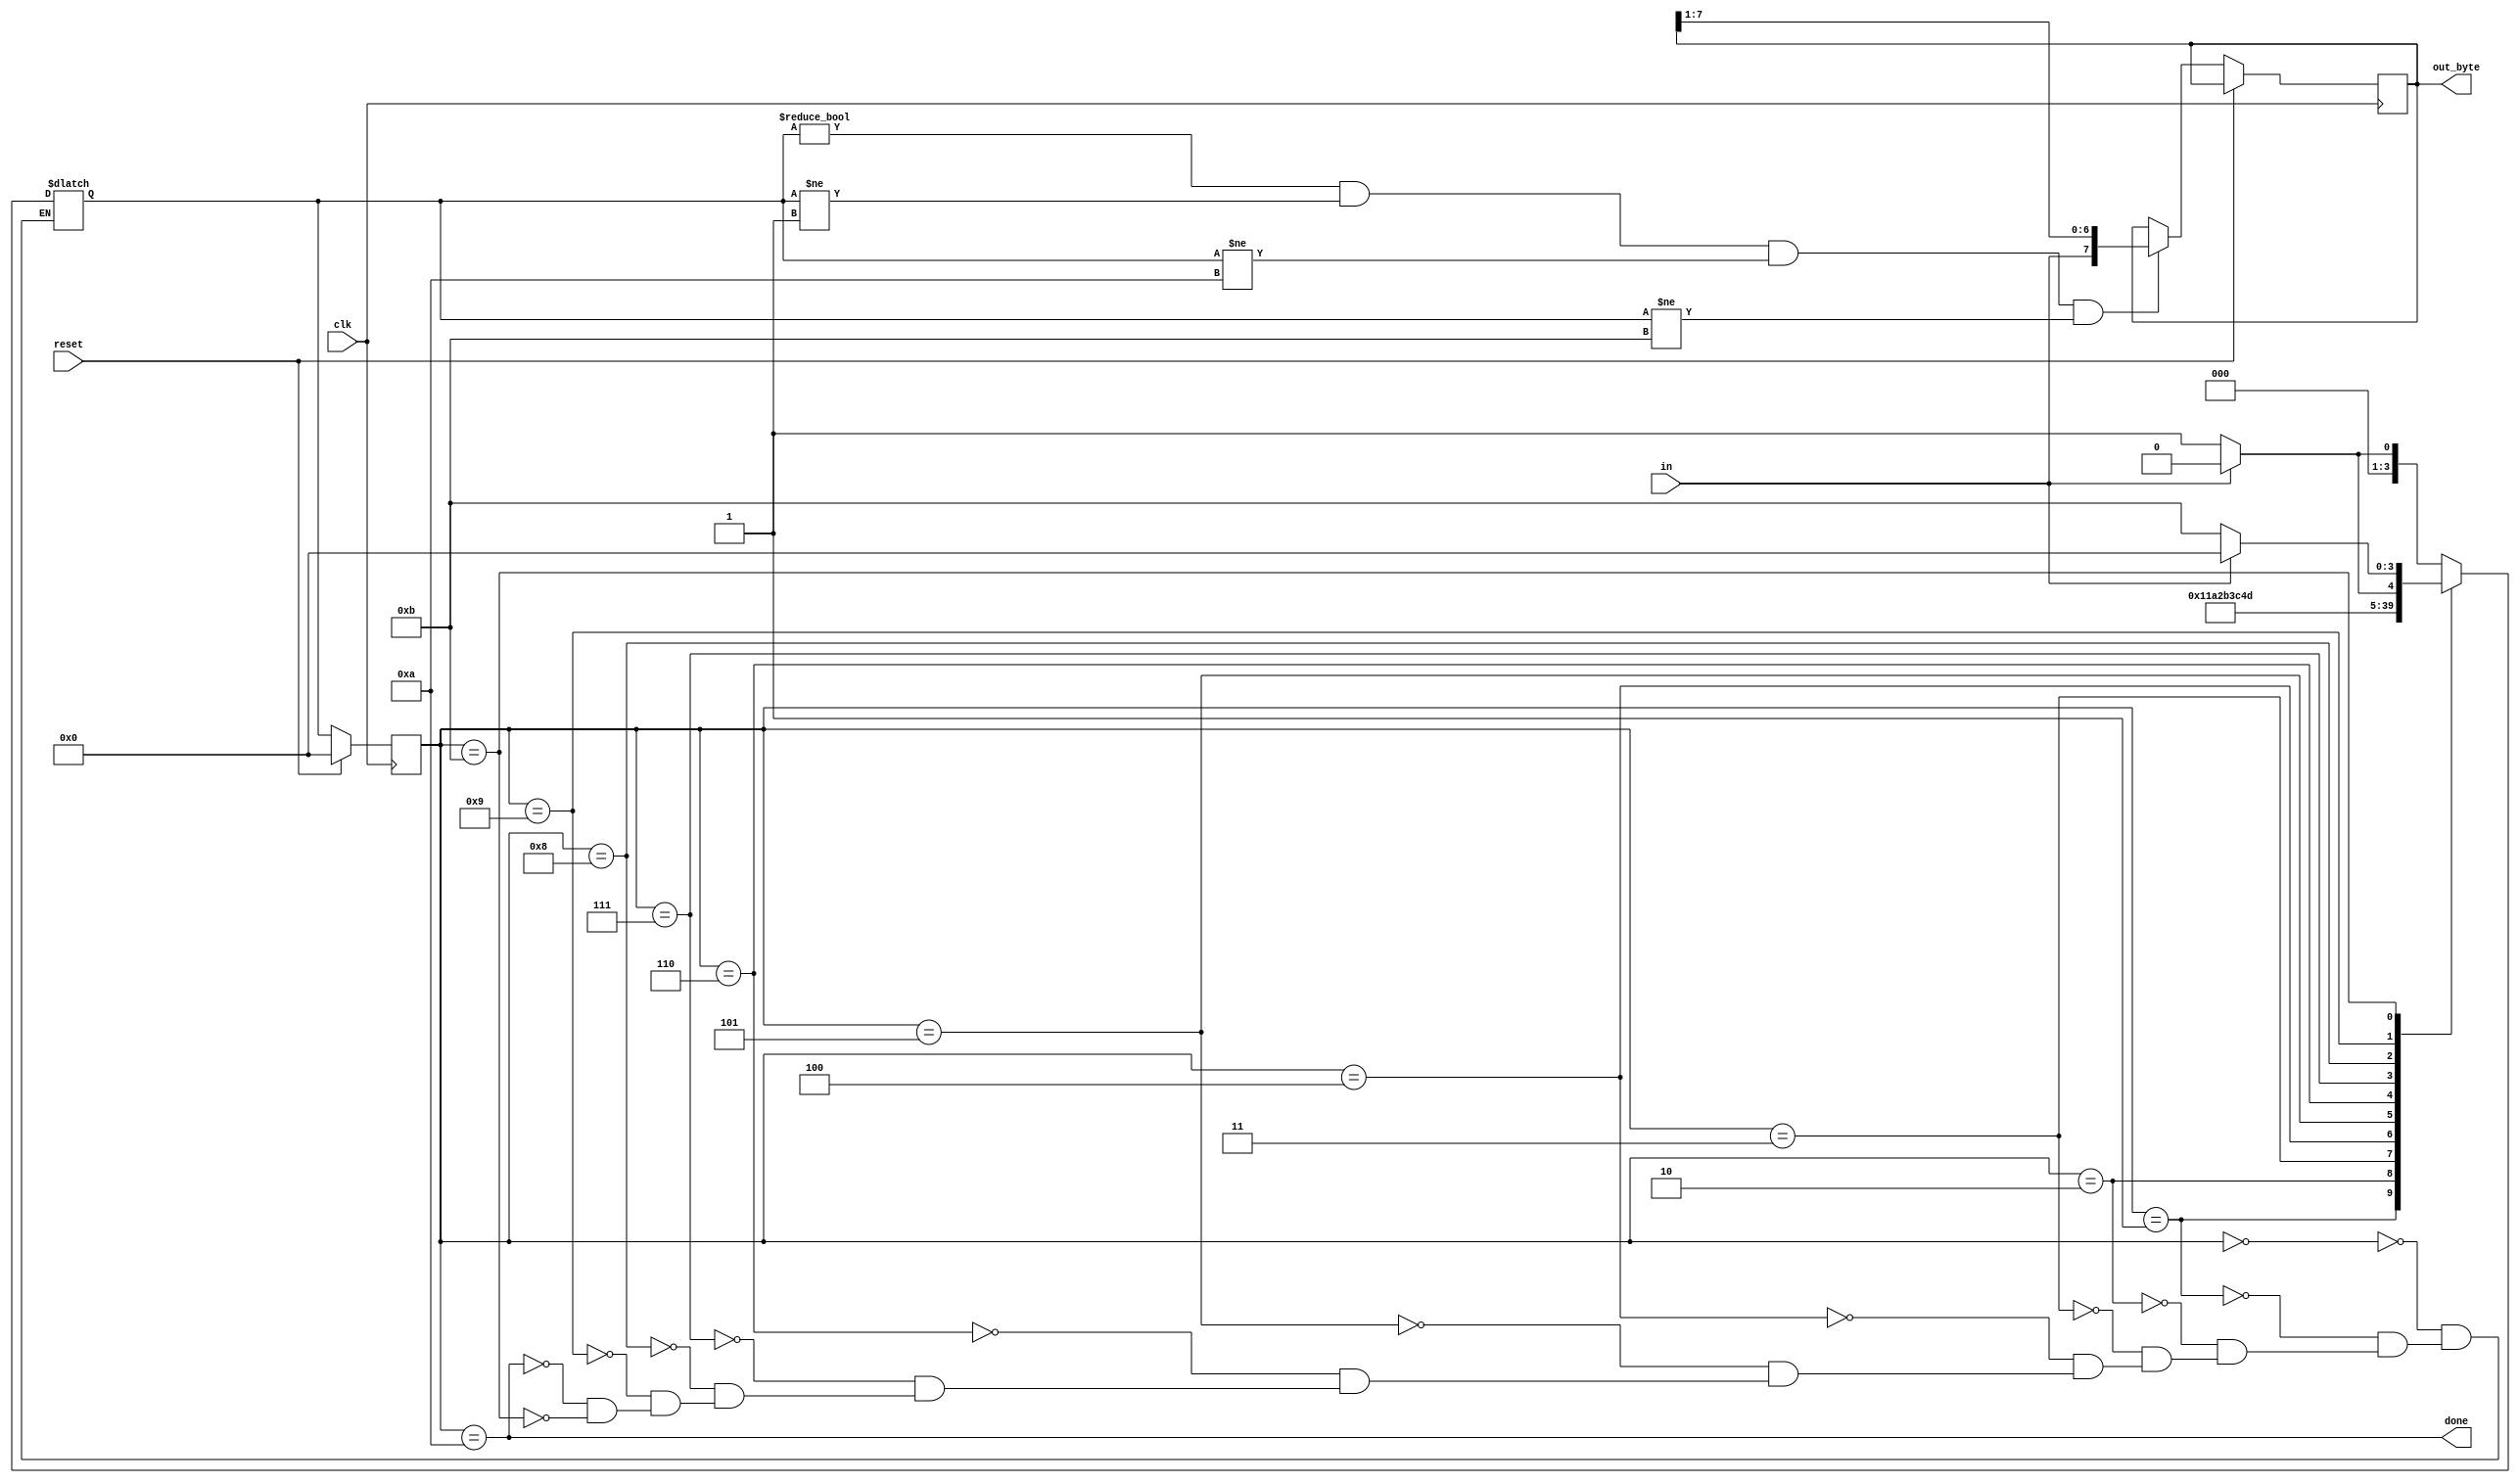
module top_module(
    input clk,
    input in,
    input reset,    // Synchronous reset
    output reg [7:0] out_byte,
    output done
); //

    // 
    // 
    reg [3:0]y, Y;
    //
    parameter [3:0] IDLE = 4'd0;
    //
    parameter [3:0] START = 4'd1;
    //bit0 - bit7
    parameter [3:0] BIT0 = 4'd2;
    parameter [3:0] BIT1 = 4'd3;
    parameter [3:0] BIT2 = 4'd4;
    parameter [3:0] BIT3 = 4'd5;
    parameter [3:0] BIT4 = 4'd6;
    parameter [3:0] BIT5 = 4'd7;
    parameter [3:0] BIT6 = 4'd8;
    parameter [3:0] BIT7 = 4'd9;
    //
    parameter [3:0] STOP = 4'd10;
    //
    parameter [3:0] ERROR = 4'd11;
    
    //done
    always@(*)begin
        case(y)
            IDLE: Y <= in ? IDLE : START;
            START: Y <= BIT0;
            BIT0: Y <= BIT1;
            BIT1: Y <= BIT2;
            BIT2: Y <= BIT3;
            BIT3: Y <= BIT4;
            BIT4: Y <= BIT5;
            BIT5: Y <= BIT6;
            BIT6: Y <= BIT7;
            BIT7: Y <= in ? STOP : ERROR;
            STOP: Y <= in ? IDLE : START;
            ERROR: Y <= in ? IDLE : ERROR;
        endcase
    end


    always@(posedge clk)begin
        if(reset)
            y <= IDLE;
        else begin
            if(Y != IDLE && Y != START && Y != STOP && Y != ERROR)begin
                out_byte <= {in , out_byte[7:1]};
            end
            y <= Y;            
        end
    end

    assign done = (y == STOP);




endmodule